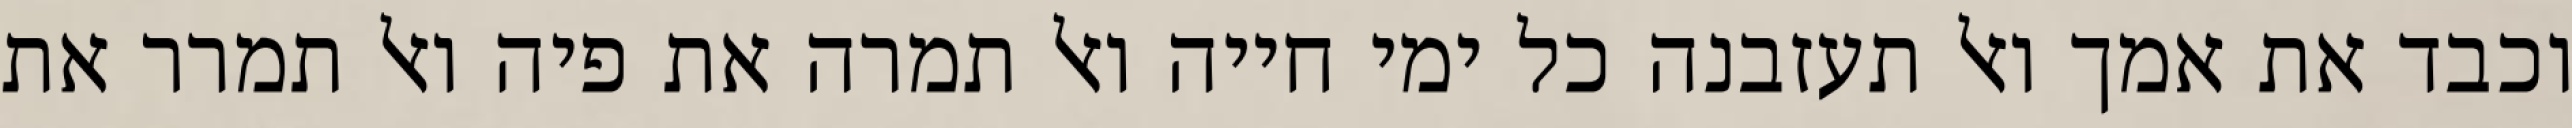
וכבד את אמך ואל תעזבנה כל ימי חייה ואל תמרה את פיה ואל תמרר את